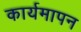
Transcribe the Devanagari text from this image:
कार्यमापन